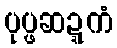
ပုပ္ဖဆဍ္ဍကံ